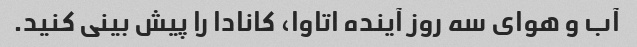
آب و هوای سه روز آینده اتاوا، کانادا را پیش بینی کنید.